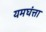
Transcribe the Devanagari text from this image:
यमघंत्ता